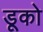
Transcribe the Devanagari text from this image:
डूको